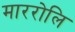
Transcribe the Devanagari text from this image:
माररोलि